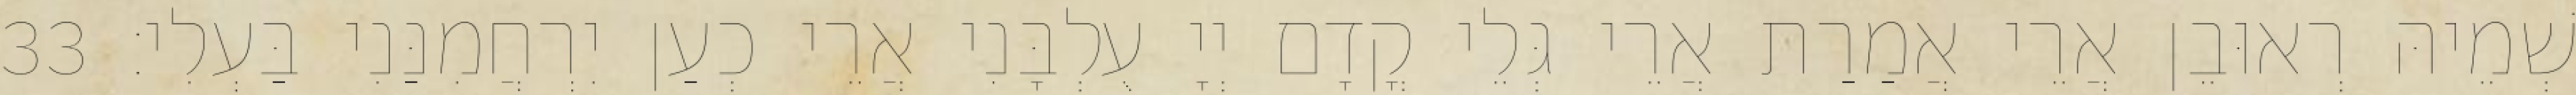
שְׁמֵיהּ רְאוּבֵן אֲרֵי אֲמַרַת אֲרֵי גְּלֵי קֳדָם יְיָ עֻלְבָּנִי אֲרֵי כְעַן יִרְחֲמִנַּנִי בַּעְלִי׃ 33